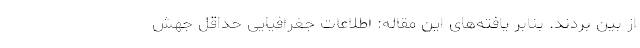
از بین بردند. بنابر یافته‌های این مقاله: اطلاعات جغرافیایی حداقل جهش